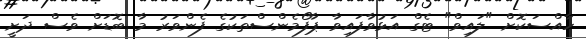
ހާއްސަކޮށް "ލައިވް" ޓެގް އަޅުވާފައިވާ ޕާފޯމެންސްތަކުގެ ފެންވަރު މާ ބޮޑަށް ވެސް ދަށީ